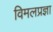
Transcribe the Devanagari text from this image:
विमलप्रज्ञा